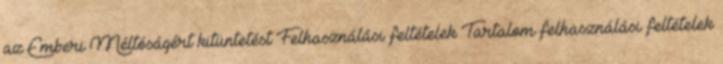
az Emberi Méltóságért kitüntetést Felhasználási feltételek Tartalom felhasználási feltételek